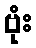
ဗုံး